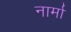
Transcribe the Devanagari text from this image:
नार्मा